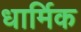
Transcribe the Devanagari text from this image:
धार्मिक